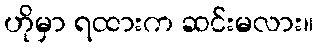
ဟိုမှာ ရထားက ဆင်းမလား။